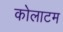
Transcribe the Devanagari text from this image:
कोलाटम